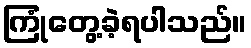
ကြုံတွေ့ခဲ့ရပါသည်။